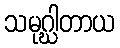
သမုဂ္ဃါတာယ